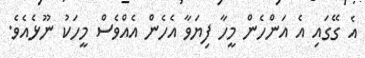
އެ ގޭގައި އެ އަންހެން މީހާ ފިޔަވާ އެހެން އެއްވެސް މީހަކު ނޫޅެއެވެ.